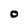
Character: 0